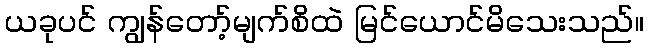
ယခုပင် ကျွန်တော့်မျက်စိထဲ မြင်ယောင်မိသေးသည်။